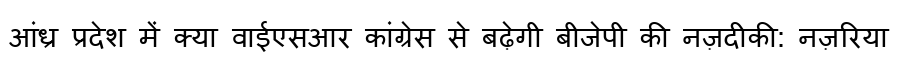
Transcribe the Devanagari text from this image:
आंध्र प्रदेश में क्या वाईएसआर कांग्रेस से बढ़ेगी बीजेपी की नज़दीकी: नज़रिया